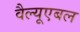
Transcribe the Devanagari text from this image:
वैल्यूएबल